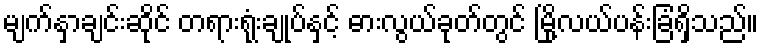
မျက်နှာချင်းဆိုင် တရားရုံးချုပ်နှင့် ဓားလွယ်ခုတ်တွင် မြို့လယ်ပန်းခြံရှိသည်။